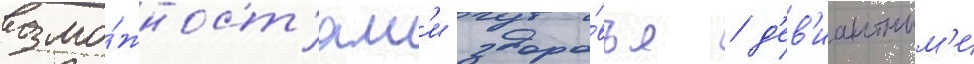
возмо́жност'ям'и здоро́вья / д'ев'иантным'и